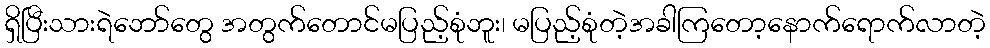
ရှိပြီးသားရဲဘော်တွေ အတွက်တောင်မပြည့်စုံဘူး၊ မပြည့်စုံတဲ့အခါကြတော့နောက်ရောက်လာတဲ့